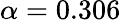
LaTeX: \alpha=0.306